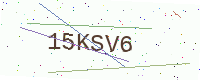
Text: 15KSV6